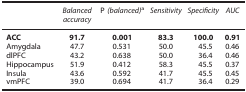
<table><thead><tr><td><b> </b></td><td><b><i>Balanced accuracy</i></b></td><td><b>P <i>(balanced)</i>a</b></td><td><b><i>Sensitivity</i></b></td><td><b><i>Specificity</i></b></td><td><b><i>AUC</i></b></td></tr></thead><tbody><tr><td><b>ACC</b></td><td><b>91.7</b></td><td><b>0.001</b></td><td><b>83.3</b></td><td><b>100.0</b></td><td><b>0.91</b></td></tr><tr><td>Amygdala</td><td>47.7</td><td>0.531</td><td>50.0</td><td>45.5</td><td>0.46</td></tr><tr><td>dlPFC</td><td>43.2</td><td>0.638</td><td>50.0</td><td>36.4</td><td>0.46</td></tr><tr><td>Hippocampus</td><td>51.9</td><td>0.412</td><td>58.3</td><td>45.5</td><td>0.37</td></tr><tr><td>Insula</td><td>43.6</td><td>0.592</td><td>41.7</td><td>45.5</td><td>0.45</td></tr><tr><td>vmPFC</td><td>39.0</td><td>0.694</td><td>41.7</td><td>36.4</td><td>0.29</td></tr></tbody></table>